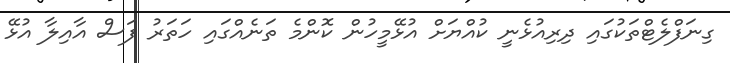
ގިނަފްލެޓްތަކުގައި ދިރިއުޅެނީ ކުއްޔަށް އުޅޭމީހުން ކޮންމެ ތަނެއްގައި ހަތަރު ފަސް އާއިލާ އުޅޭ